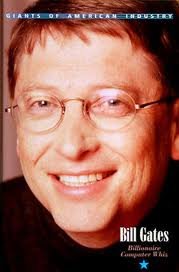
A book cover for Giants of American Industry - Bill Gates; David Marshall; Children's Books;